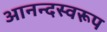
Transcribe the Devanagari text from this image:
आनन्दस्वरूप